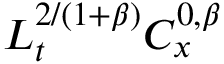
L _ { t } ^ { 2 / ( 1 + \beta ) } C _ { x } ^ { 0 , \beta }